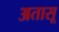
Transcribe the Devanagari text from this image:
अतासू